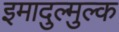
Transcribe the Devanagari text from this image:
इमादुल्मुल्क